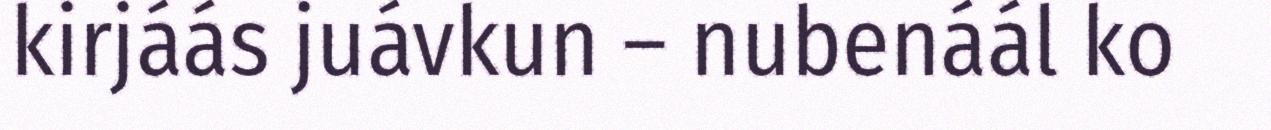
kirjáás juávkun – nubenáál ko